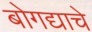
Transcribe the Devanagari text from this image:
बोगद्याचे